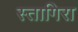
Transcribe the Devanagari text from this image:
स्तागिरा